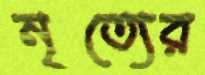
নৃত্যের